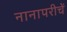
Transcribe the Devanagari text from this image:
नानापरीचें